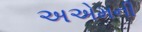
અએમની